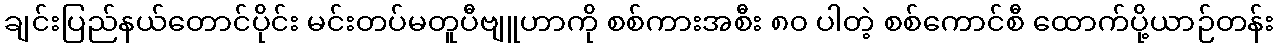
ချင်းပြည်နယ်တောင်ပိုင်း မင်းတပ်မတူပီဗျူဟာကို စစ်ကားအစီး ၈၀ ပါတဲ့ စစ်ကောင်စီ ထောက်ပို့ယာဉ်တန်း